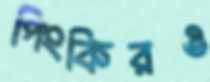
পিংকিরও